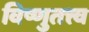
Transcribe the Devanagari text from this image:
विष्णुतत्त्व